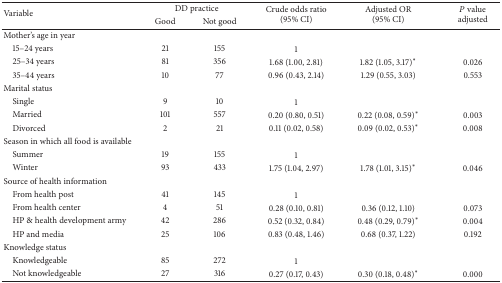
<table><thead><tr><td rowspan="2"><b>Variable</b></td><td colspan="2"><b>DD practice</b></td><td rowspan="2"><b>Crude odds ratio(95% CI)</b></td><td rowspan="2"><b>Adjusted OR(95% CI)</b></td><td rowspan="2"><b><i>P</i> valueadjusted</b></td></tr><tr><td><b>Good</b></td><td><b>Not good</b></td></tr></thead><tbody><tr><td>Mother&#x27;s age in year</td><td> </td><td> </td><td> </td><td> </td><td> </td></tr><tr><td> 15–24 years</td><td>21</td><td>155</td><td>1</td><td> </td><td> </td></tr><tr><td> 25–34 years</td><td>81</td><td>356</td><td>1.68 (1.00, 2.81)</td><td>1.82 (1.05, 3.17)<sup><i>∗</i></sup></td><td>0.026</td></tr><tr><td> 35–44 years</td><td>10</td><td>77</td><td>0.96 (0.43, 2.14)</td><td>1.29 (0.55, 3.03)</td><td>0.553</td></tr><tr><td>Marital status</td><td> </td><td> </td><td> </td><td> </td><td> </td></tr><tr><td> Single</td><td>9</td><td>10</td><td>1</td><td> </td><td> </td></tr><tr><td> Married</td><td>101</td><td>557</td><td>0.20 (0.80, 0.51)</td><td>0.22 (0.08, 0.59)<sup><i>∗</i></sup></td><td>0.003</td></tr><tr><td> Divorced</td><td>2</td><td>21</td><td>0.11 (0.02, 0.58)</td><td>0.09 (0.02, 0.53)<sup><i>∗</i></sup></td><td>0.008</td></tr><tr><td>Season in which all food is available</td><td> </td><td> </td><td> </td><td> </td><td> </td></tr><tr><td> Summer</td><td>19</td><td>155</td><td>1</td><td> </td><td> </td></tr><tr><td> Winter</td><td>93</td><td>433</td><td>1.75 (1.04, 2.97)</td><td>1.78 (1.01, 3.15)<sup><i>∗</i></sup></td><td>0.046</td></tr><tr><td>Source of health information</td><td> </td><td> </td><td> </td><td> </td><td> </td></tr><tr><td> From health post</td><td>41</td><td>145</td><td>1</td><td> </td><td> </td></tr><tr><td> From health center</td><td>4</td><td>51</td><td>0.28 (0.10, 0.81)</td><td>0.36 (0.12, 1.10)</td><td>0.073</td></tr><tr><td> HP &amp; health development army</td><td>42</td><td>286</td><td>0.52 (0.32, 0.84)</td><td>0.48 (0.29, 0.79)<sup><i>∗</i></sup></td><td>0.004</td></tr><tr><td> HP and media</td><td>25</td><td>106</td><td>0.83 (0.48, 1.46)</td><td>0.68 (0.37, 1.22)</td><td>0.192</td></tr><tr><td>Knowledge status</td><td> </td><td> </td><td> </td><td> </td><td> </td></tr><tr><td> Knowledgeable</td><td>85</td><td>272</td><td>1</td><td> </td><td> </td></tr><tr><td> Not knowledgeable</td><td>27</td><td>316</td><td>0.27 (0.17, 0.43)</td><td>0.30 (0.18, 0.48)<sup><i>∗</i></sup></td><td>0.000</td></tr></tbody></table>